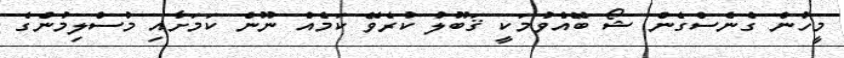
މީހުން ގެނެސްގެން ޝޯ ބޭއްވުމަކީ ޤަބޫލު ކުރެވޭ ކަމެއް ނޫން ކަމަށާއި މުސްލިމުންގެ